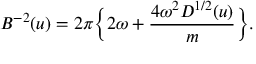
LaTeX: B ^ { - 2 } ( u ) = 2 \pi \Bigl \{ 2 \omega + { \frac { 4 \omega ^ { 2 } D ^ { 1 / 2 } ( u ) } { m } } \Bigr \} .